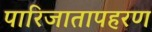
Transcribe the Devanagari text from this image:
पारिजातापहरण